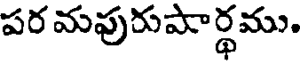
పర మపురుపార్థము.